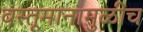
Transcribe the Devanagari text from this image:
वस्तूमानामुळींच